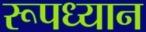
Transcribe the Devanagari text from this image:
रूपध्यान